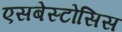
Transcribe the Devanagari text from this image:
एसबेस्टोसिस